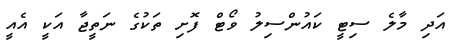
އަދި މާލެ ސިޓީ ކައުންސިލު ވޯޓް ފޮށި ތަކުގެ ނަތީޖާ އަކީ އެއީ